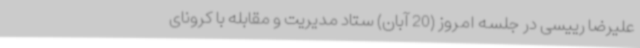
علیرضا رییسی در جلسه امروز (20 آبان) ستاد مدیریت و مقابله با کرونای